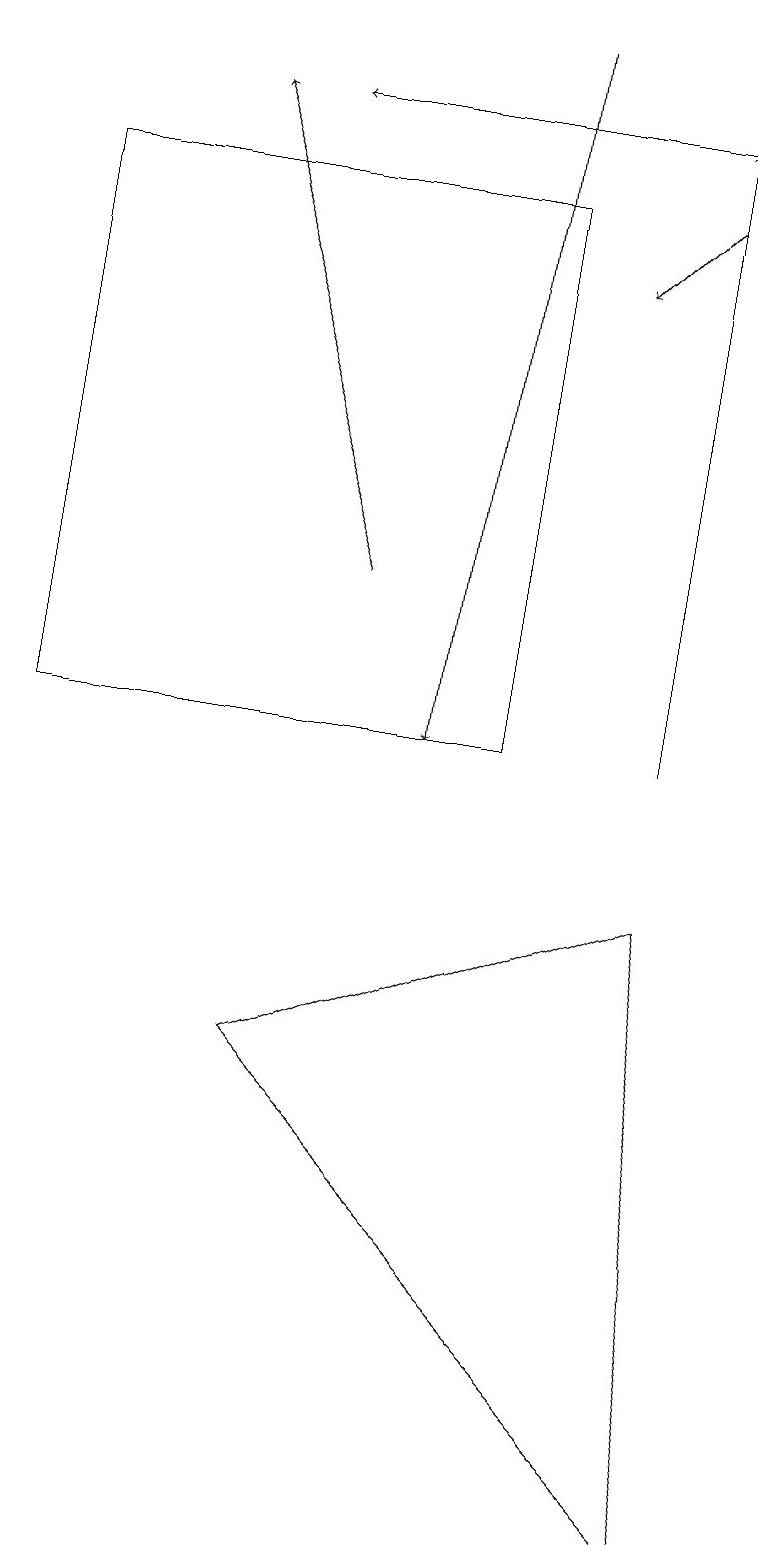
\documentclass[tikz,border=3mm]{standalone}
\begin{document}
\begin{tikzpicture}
\draw[->] (6,19) -- (5,10);
\draw[->] (4,12) -- (2,18);
\draw[->] (8,17) -- (7,16);
\draw[->] (9,18) -- (3,18);
\draw[->] (8,10) -- (8,18);
\draw (0,10) rectangle (6,17);
\draw (9,0) -- (3,6) -- (8,8) -- cycle;
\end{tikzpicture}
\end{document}